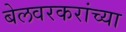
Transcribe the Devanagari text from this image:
बेलवरकरांच्या